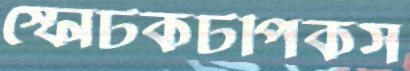
স্ফোটকটপিকস